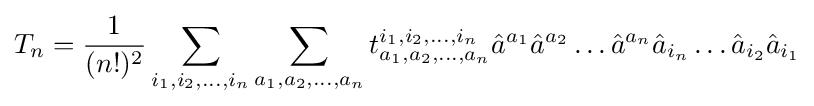
T_{n}={\frac {1}{(n!)^{2}}}\sum _{i_{1},i_{2},\ldots ,i_{n}}\sum _{a_{1},a_{2},\ldots ,a_{n}}t_{a_{1},a_{2},\ldots ,a_{n}}^{i_{1},i_{2},\ldots ,i_{n}}{\hat {a}}^{a_{1}}{\hat {a}}^{a_{2}}\ldots {\hat {a}}^{a_{n}}{\hat {a}}_{i_{n}}\ldots {\hat {a}}_{i_{2}}{\hat {a}}_{i_{1}}